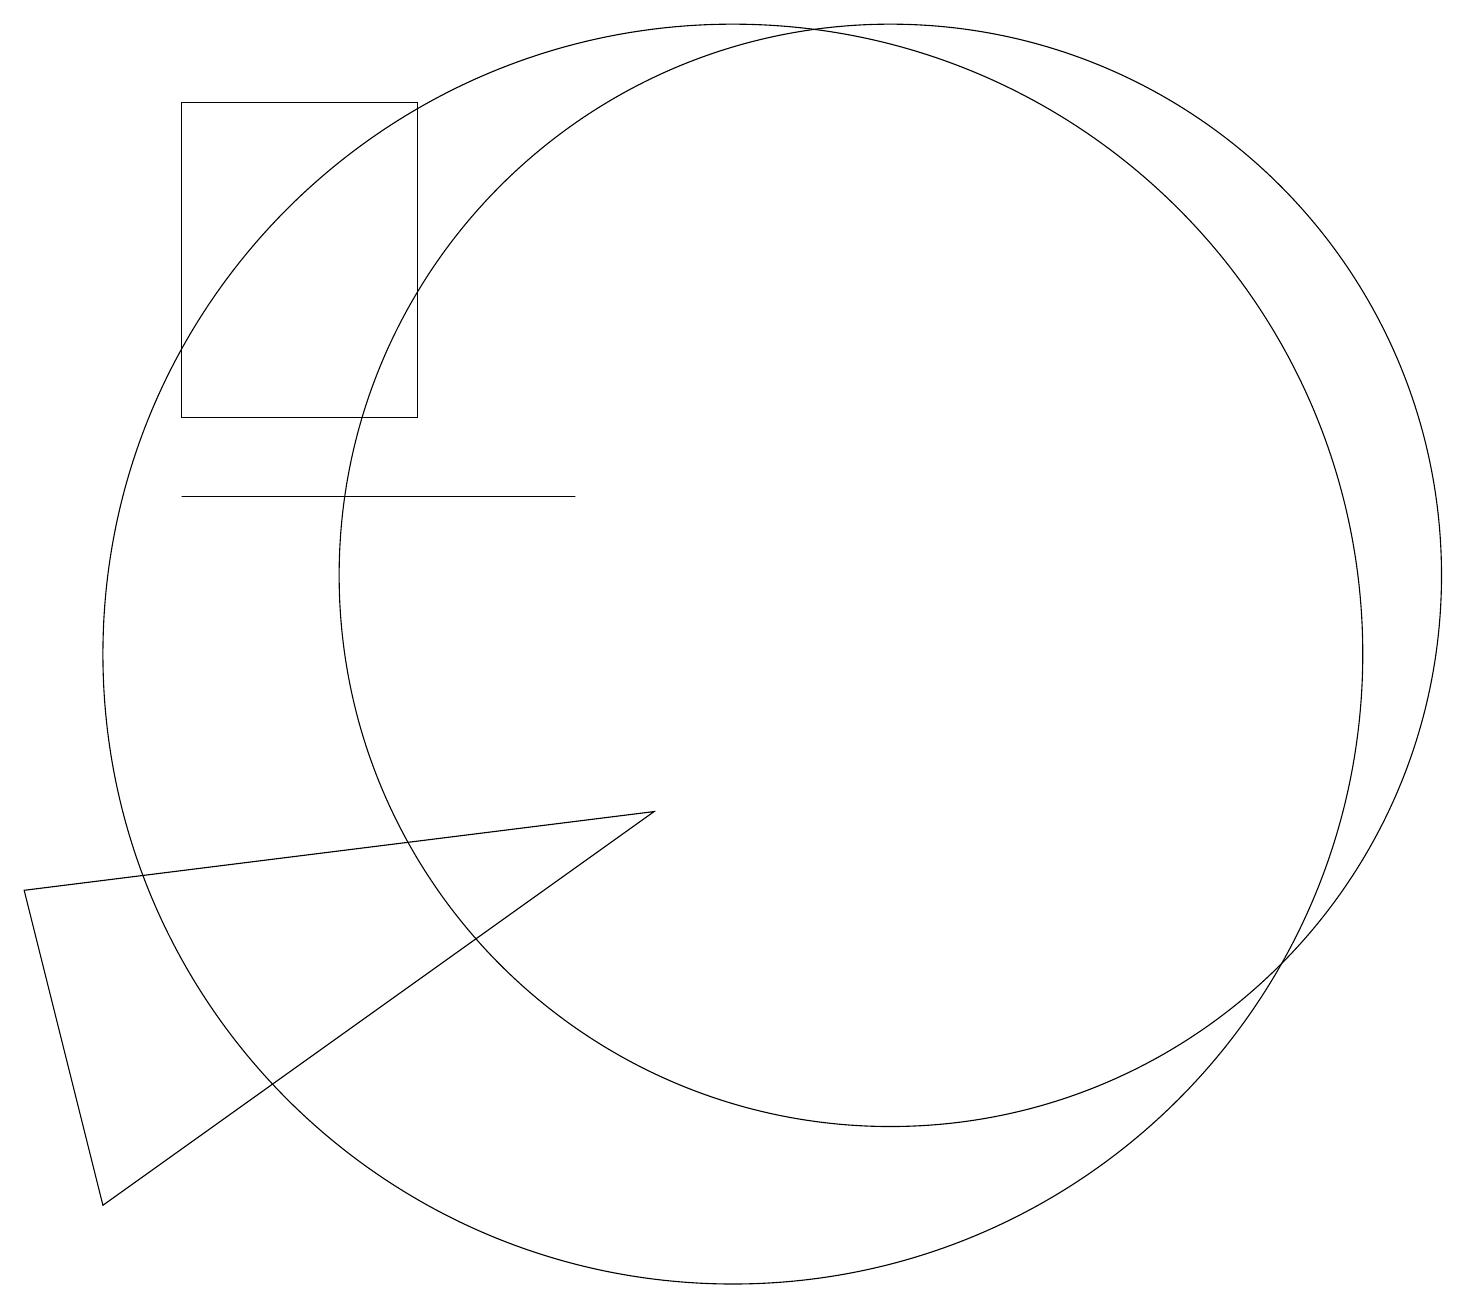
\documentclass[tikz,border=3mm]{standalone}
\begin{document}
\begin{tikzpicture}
\draw (12,11) circle (7);
\draw (10,10) circle (8);
\draw (1,7) -- (9,8) -- (2,3) -- cycle;
\draw (3,13) rectangle (6,17);
\draw (3,12) rectangle (8,12);
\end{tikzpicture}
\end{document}